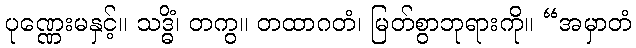
ပုဏ္ဏေးမနှင့်။ သဒ္ဓိံ၊ တကွ။ တထာဂတံ၊ မြတ်စွာဘုရားကို။ “အမှာတံ